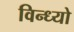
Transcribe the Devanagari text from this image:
विन्ध्यो